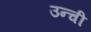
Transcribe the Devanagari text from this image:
उन्ची